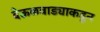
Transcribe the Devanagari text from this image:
देऊळवाड्याकडून